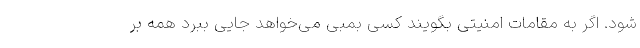
شود. اگر به مقامات امنیتی بگویند کسی بمبی می‌خواهد جایی ببرد همه بر